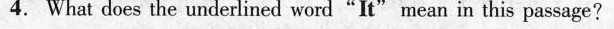
4.What does the underlined word"It"mean in this passage?